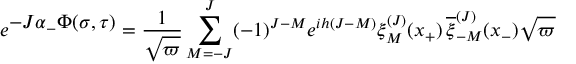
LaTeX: e ^ { \textstyle - J \alpha _ { - } \Phi ( \sigma , \tau ) } = { \frac { 1 } { \sqrt { \varpi } } } \sum _ { M = - J } ^ { J } ( - 1 ) ^ { J - M } e ^ { i h ( J - M ) } \xi _ { M } ^ { ( J ) } ( x _ { + } ) \, { \overline { { \xi } } _ { - M } ^ { ( J ) } } ( x _ { - } ) \sqrt { \varpi }